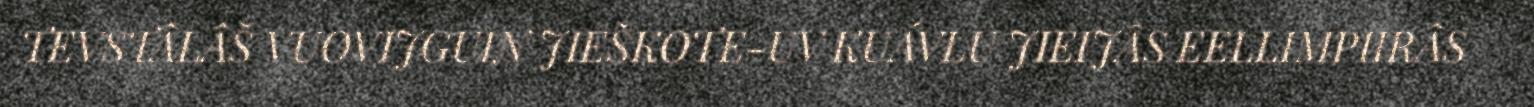
TEVSTÂLÂŠ VUOVIJGUIN JIEŠKOTE-UV KUÁVLU JIEIJÂS EELLIMPIIRÂS